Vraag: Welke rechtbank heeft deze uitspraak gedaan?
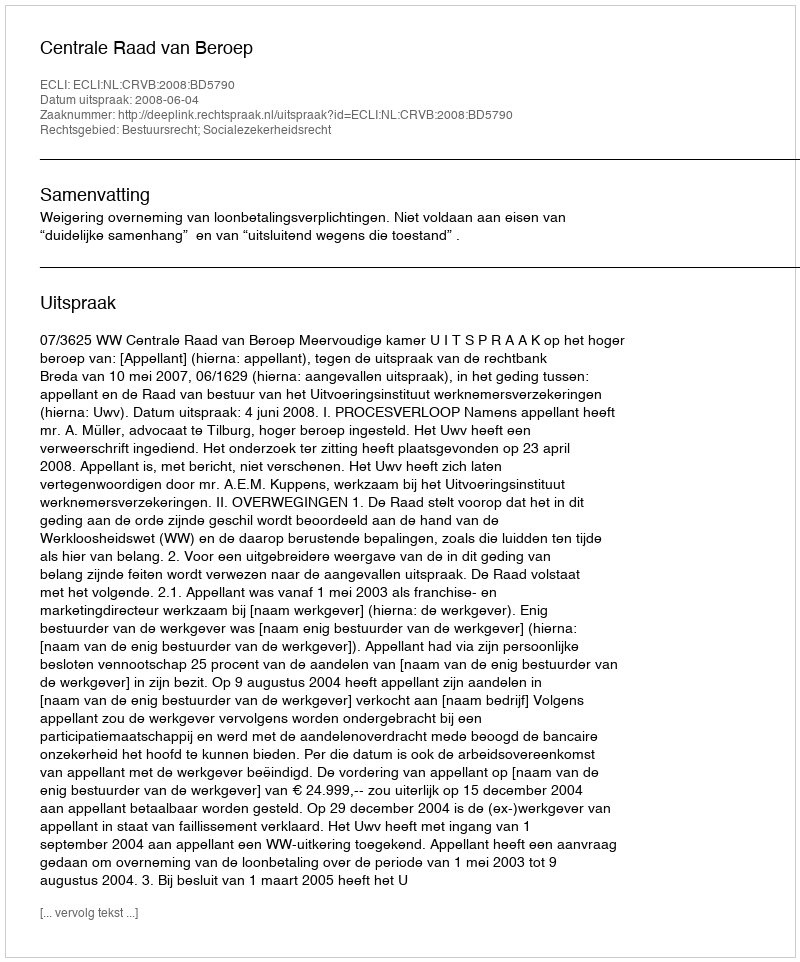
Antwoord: Centrale Raad van Beroep